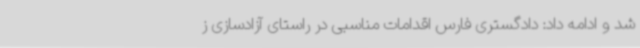
شد و ادامه داد: دادگستری فارس اقدامات مناسبی در راستای آزادسازی ز